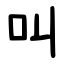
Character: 叫